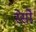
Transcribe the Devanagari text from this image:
रेसो